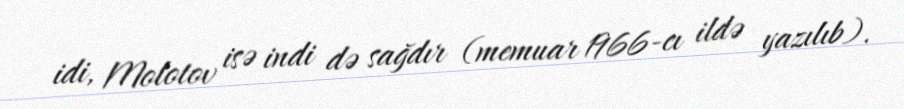
idi, Molotov isə indi də sağdır (memuar 1966-cı ildə yazılıb).